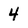
Character: 4